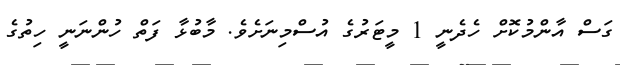
ގަސް އާންމުކޮށް ހެދެނީ 1 މީޓަރުގެ އުސްމިނަށެވެ. މާބުޅާ ފަތް ހުންނަނީ ހިތުގެ